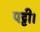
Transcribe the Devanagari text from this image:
पट्टी।